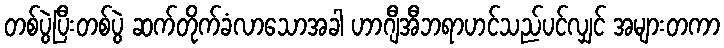
တစ်ပွဲပြီးတစ်ပွဲ ဆက်တိုက်ခံလာသောအခါ ဟာဂျီအီဘရာဟင်သည်ပင်လျှင် အများတကာ